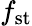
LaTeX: f_{\mathrm{st}}